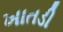
ખાતડી